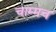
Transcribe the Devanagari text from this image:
चाम्मच